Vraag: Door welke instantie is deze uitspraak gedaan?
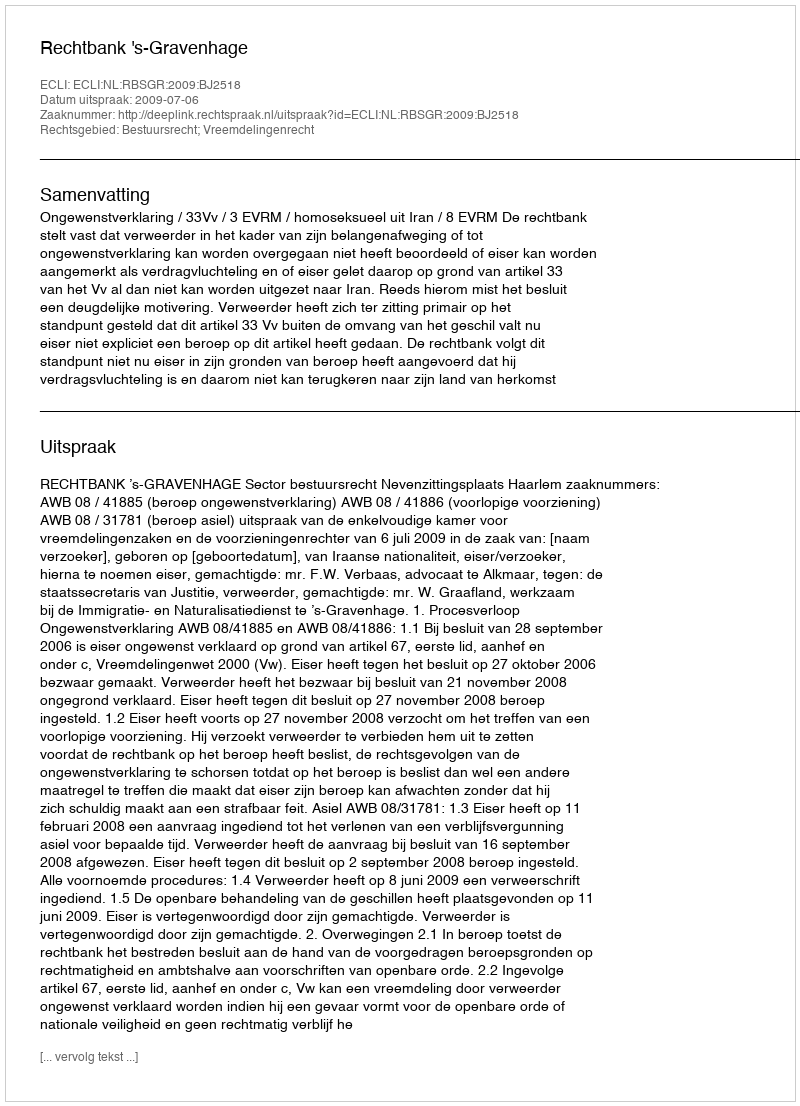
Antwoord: Rechtbank 's-Gravenhage